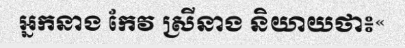
អ្នកនាង កែវ ស្រីនាង និយាយថា៖«